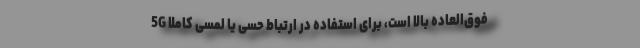
5G فوق‌العاده بالا است، برای استفاده در ارتباط‌ حسی یا لمسی کاملاً